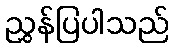
ညွှန်ပြပါသည်